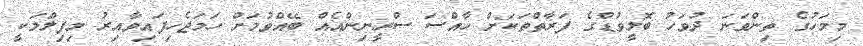
މިމަހުގެ ތިންވަނަ ދުވަހު ބޮލީވުޑްގެ ފަރާތްތަކަށް ހާއްސަ ސްރީނިންއެއް ބޭއްވުމަށް ހަމަޖެހިފައިވާއިރު މިފިލްމަކީ